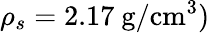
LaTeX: \rho_{s}=2.17~\mathrm{g/cm^{3}})